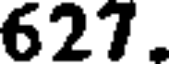
627.